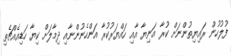
ފުލުހުން ރައިޔިތުންނަށް ކުރާ އަނިޔާ އާއި ހައްޔަރުކުރާ އަންހެނުންނާއި ދިމާލަށް ކިޔާ ހަޑިއެއްޗެތި